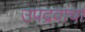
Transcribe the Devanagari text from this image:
उपद्रवांचा